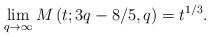
LaTeX: \begin{align*}\lim_{q\rightarrow \infty }M\left( t;3q-8/5,q\right) =t^{1/3}.\end{align*}